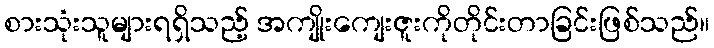
စားသုံးသူများရရှိသည့် အကျိုးကျေးဇူးကိုတိုင်းတာခြင်းဖြစ်သည်။